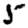
Digit: 5